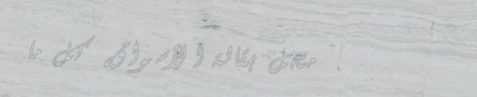
محل بقالة الأسواق، كل ما